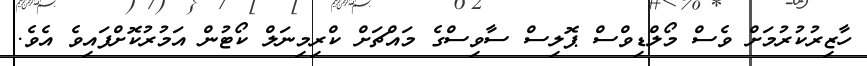
ހާޒިރުކުރުމަށް ވެސް މޯލްޑިވްސް ޕޮލިސް ސާވިސްގެ މައްޗަށް ކްރިމިނަލް ކޯޓުން އަމުރުކޮށްފައިވެ އެވެ.